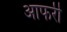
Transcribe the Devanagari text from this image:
आफरी